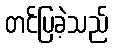
တင်ပြခဲ့သည်